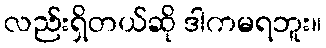
လည်းရှိတယ်ဆို ဒါကမရဘူး။